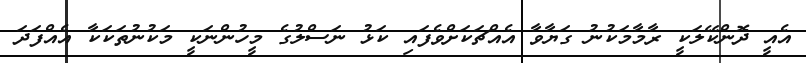
އެއީ ދޮންކޭލަކީ ރާމާމަކުނު ގަޔާވާ އެއްޗަކަށްވެފައި ކަޅު ނަސްލުގެ މީހުންނަކީ މަކުނުތަކަކާ އެއްފަދަ